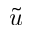
\tilde { u }